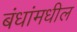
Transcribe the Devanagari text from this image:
बंधांमधील